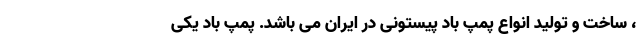
، ساخت و تولید انواع پمپ باد پیستونی در ایران می باشد. پمپ باد یکی